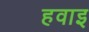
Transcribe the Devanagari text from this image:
हवाइ